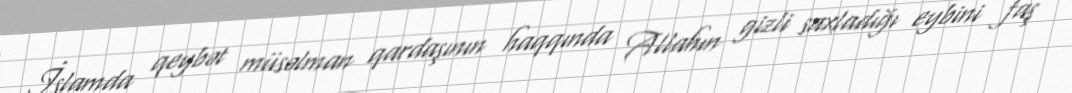
İslamda qeybət müsəlman qardaşının haqqında Allahın gizli saxladığı eybini faş